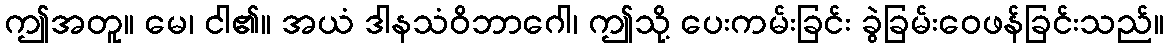
ဤအတူ။ မေ၊ ငါ၏။ အယံ ဒါနသံဝိဘာဂေါ၊ ဤသို့ ပေးကမ်းခြင်း ခွဲခြမ်းဝေဖန်ခြင်းသည်။